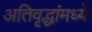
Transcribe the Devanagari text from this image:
अतिवृद्धांमध्ये